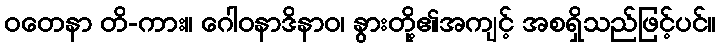
ဝတေနာ တိ-ကား။ ဂေါဝနာဒိနာဝ၊ နွားတို့၏အကျင့် အစရှိသည်ဖြင့်ပင်။